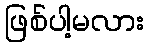
ဖြစ်ပါ့မလား